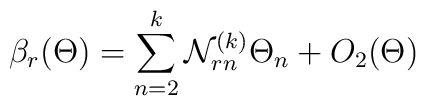
\beta_r(\Theta) = \sum^k_{n=2} {\cal N}^{(k)}_{rn} \Theta_n + O_2(\Theta)